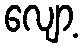
လျော့